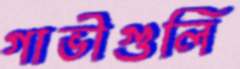
গাভীগুলি